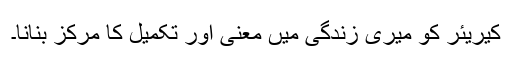
کیریئر کو میری زندگی میں معنی اور تکمیل کا مرکز بنانا۔